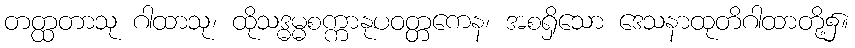
တတ္ထတာသု ဂါထာသု၊ ထိုသဒ္ဓမ္မစက္ကာနုပဝတ္တကေန၊ အစရှိသော ဒေသနာထုတိဂါထာတို့၌။